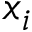
x _ { i }